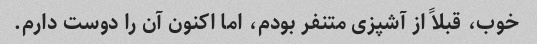
خوب، قبلاً از آشپزی متنفر بودم، اما اکنون آن را دوست دارم.